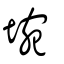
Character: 埦